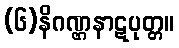
(၆)နိဂဏ္ဌနာဋပုတ္တ။